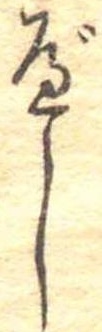
べし